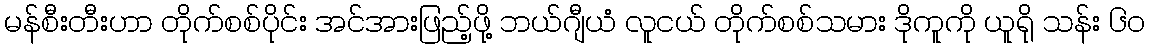
မန်စီးတီးဟာ တိုက်စစ်ပိုင်း အင်အားဖြည့်ဖို့ ဘယ်ဂျီယံ လူငယ် တိုက်စစ်သမား ဒိုကူကို ယူရို သန်း ၆၀